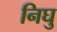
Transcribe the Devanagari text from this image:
निघु